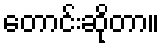
တောင်းဆိုတာ။